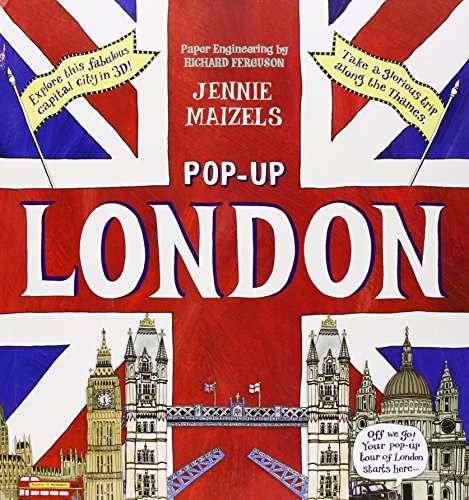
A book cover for Pop-Up London; Jennie Maizels; Children's Books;